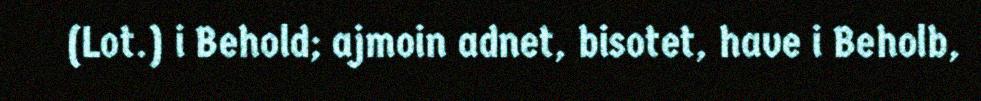
(Lot.) i Behold; ajmoin adnet, bisotet, have i Beholb,